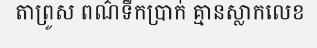
តាព្រូស ពណ៌ទឹកប្រាក់ គ្មានស្លាកលេខ